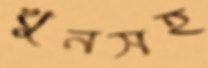
খুনসহ